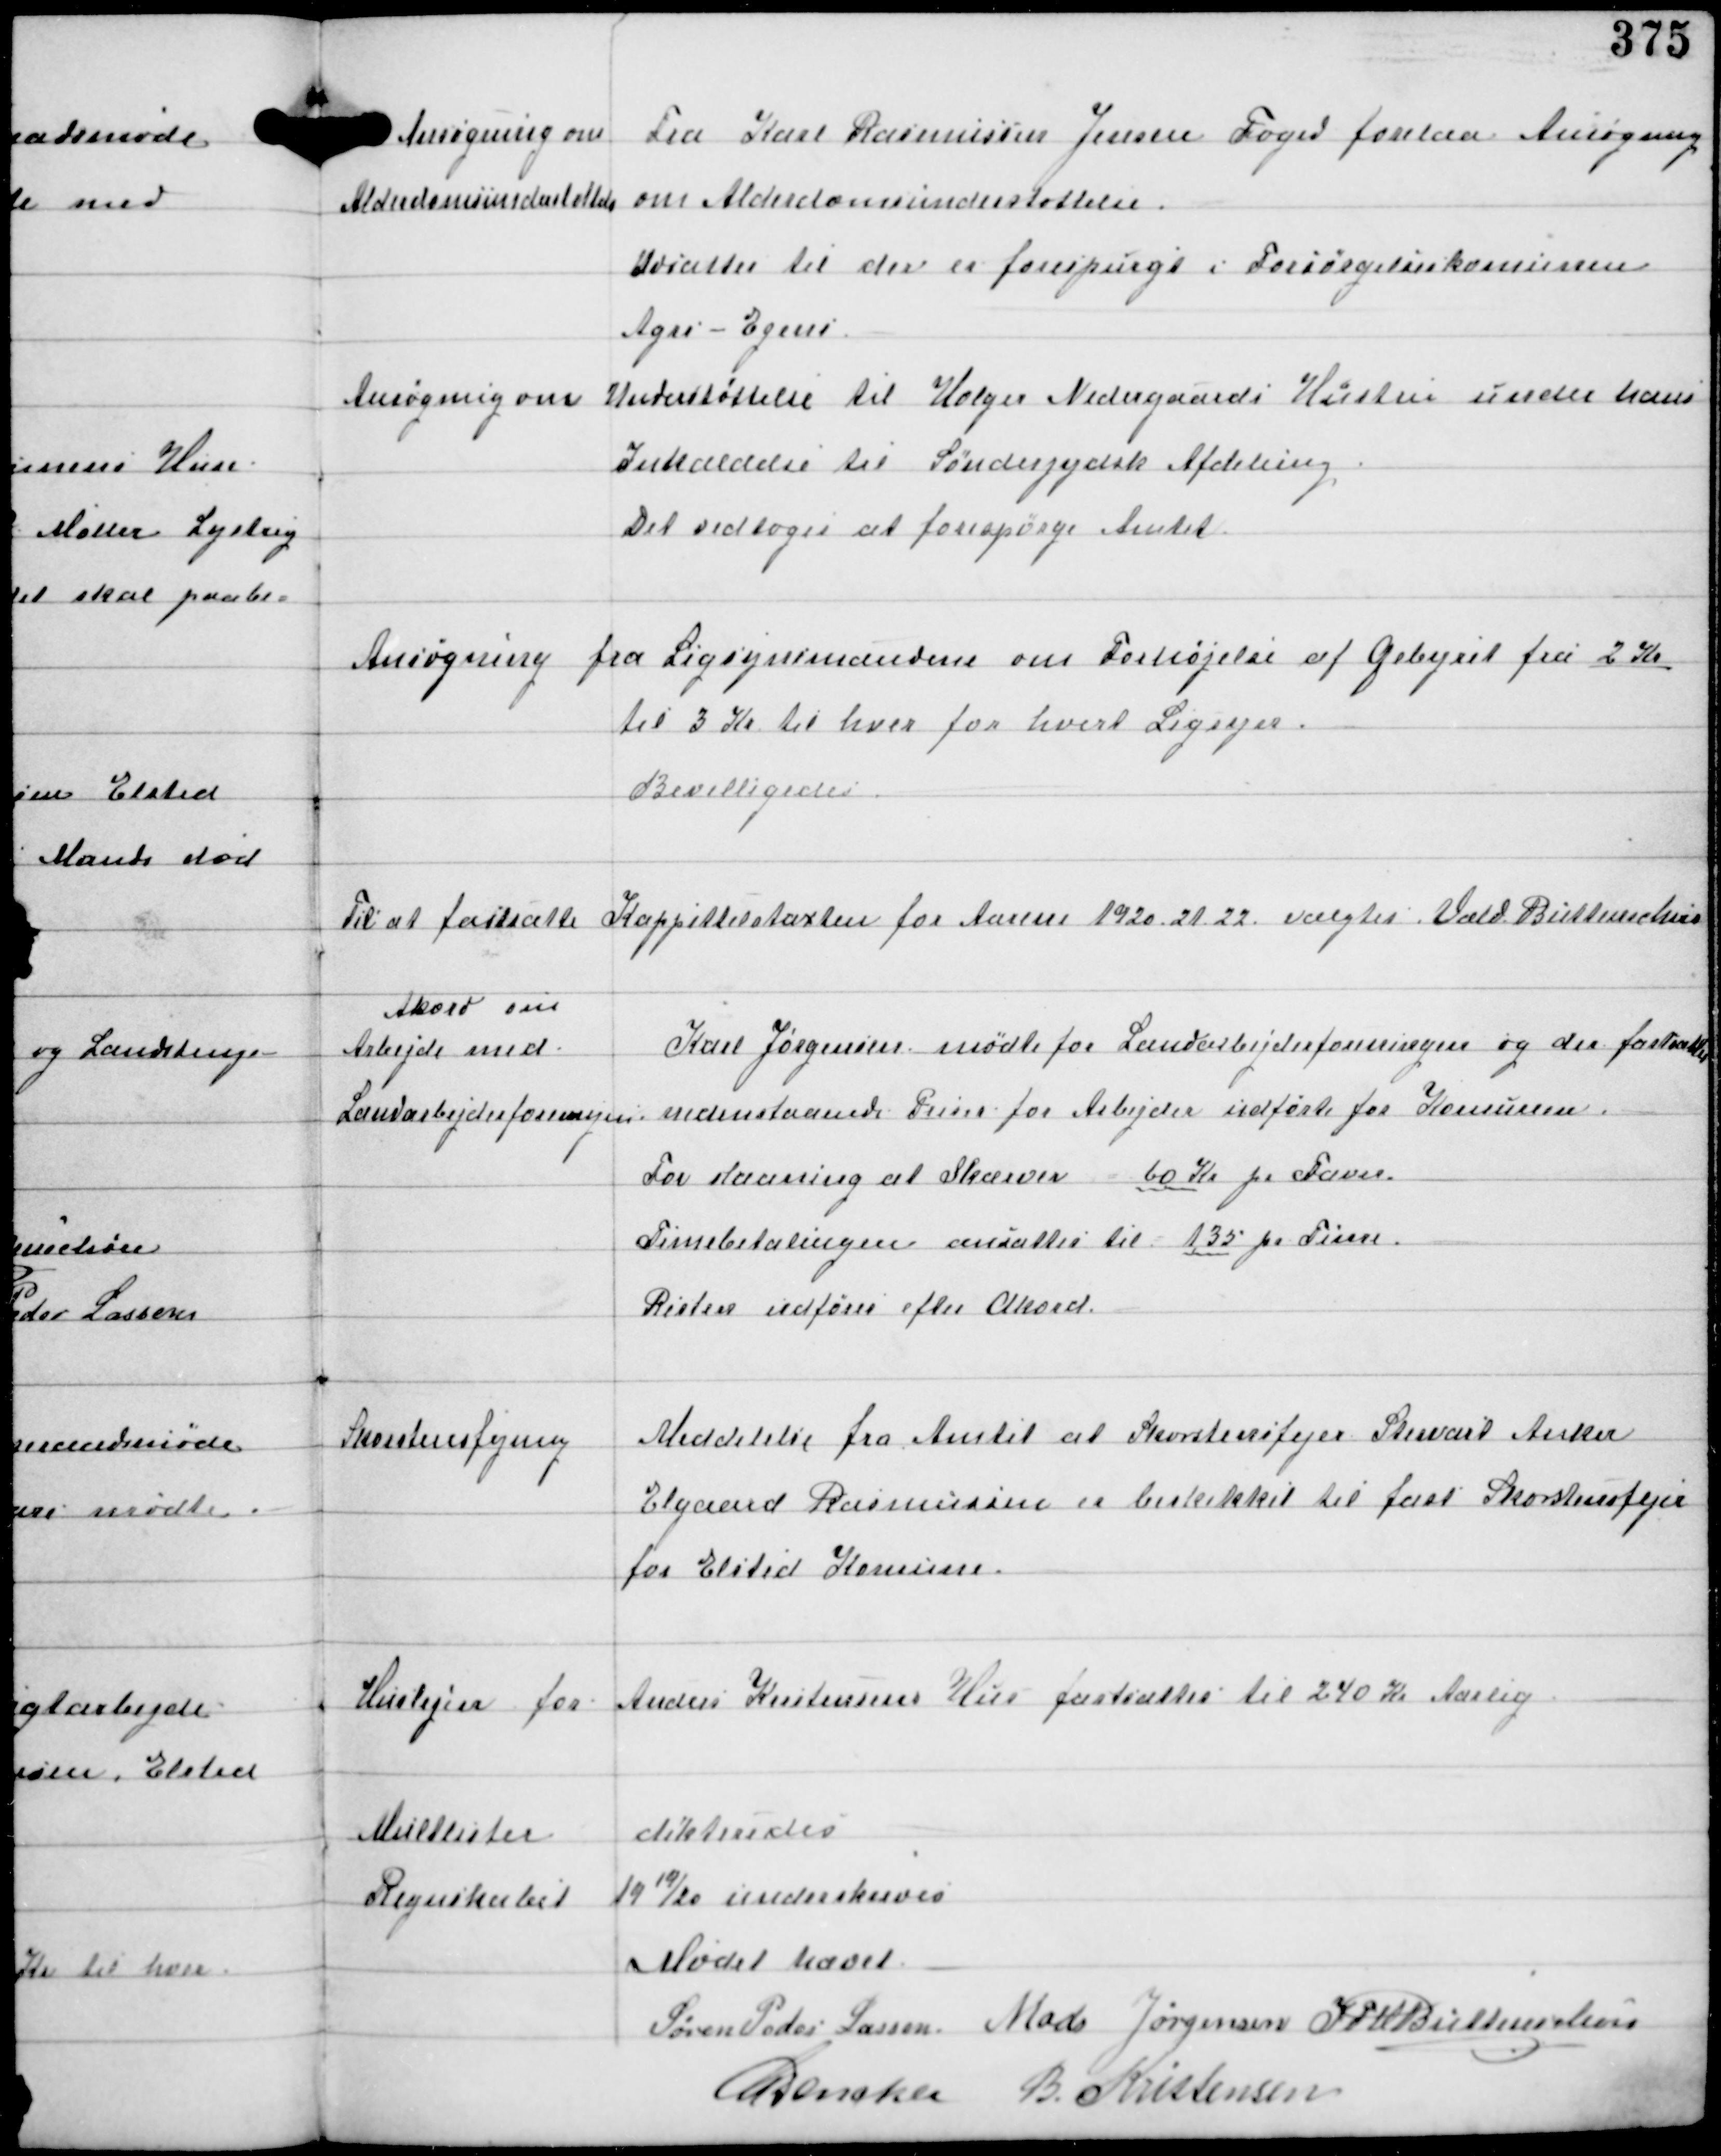
Transskription:
Ansøgning om
Alderdomsunderstøttelse

Fra Karl Rasmussen Jensen Foged forelaa Ansøgning
om Alderdomsunderstøttelse.
Udsattes til der er forespurgt i Forsørgelseskomunen
Agri -Egens

Ansøgning om Understøttelse til Holger Nedergaards Hustru under hans
Indkaldelse til Sønderjydsk Afdeling
Det vedtoges at forespørge Amtet

Ansøgning fra Ligsynsmændene om Forhøjelse af Gebyret fra 2 Kr
til 3 Kr til hver for hvert Ligsyn.
Bevilligedes

Til at fastsætte Kappitelstaxten for Aarene 1920.21.22 valgtes Vald Buttenschøn

Akord om
Arbejde med
Landarbejderforeningen

Karl Jørgensen mødte fra Landarbejderforeningen og der fastsattes
nedstaaende Priser for Arbejder udført for Komunen.
For slaaning af Skærver 60 Kr pr Favn
Timebetalingen ansattes til 1,35 pr Time.
Resten udføres efter Akord.

Skorstensfejning.

Meddelse fra Amtet at Skorstensfejer Stewart Anker
Elgaard Rasmussen er beskikket til fast Skortensfejer
for Elsted Komune.

Huslejen for Anders Kristensens Hus fastsattes til 240 Kr Aarlig

Mulkter
dikteredes

Regnskabet 1919/20 underskreves

Mødet hævet
Søren Peder Lassen Mads Jørgensen IFV Buttenschøn
C Dencker
B. Kristensen